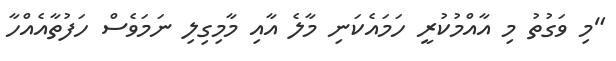
"މި ވަގުތު މި އާއްމުކުރީ ހަމައެކަނި މާލެ އާއި މާމިގިލި ނަމަވެސް ހަފުތާއެއްހާ